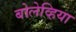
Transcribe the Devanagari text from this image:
बोलेव्हिया